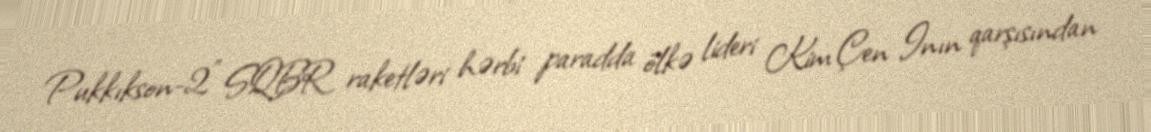
Pukkıkson-2" SQBR raketləri hərbi paradda ölkə lideri Kim Çen Inın qarşısından